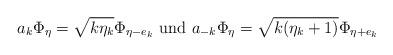
LaTeX: \begin{align*}a_k \Phi_{\eta}=\sqrt{k \eta_k} \Phi_{\eta-e_k} \mbox{ und }a_{-k}\Phi_{\eta}=\sqrt{k(\eta_k+1)}\Phi_{\eta+e_k}\end{align*}